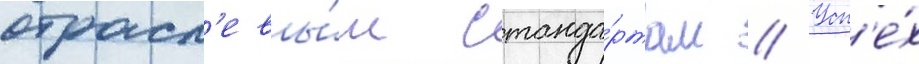
отрасл'евы́м станда́ртам // Усп'е́х